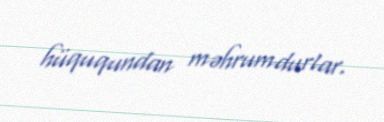
hüququndan məhrumdurlar.